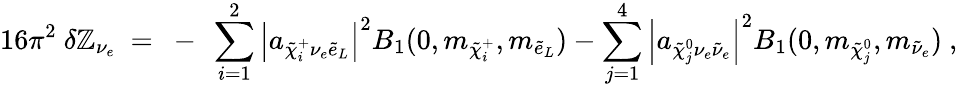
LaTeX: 16\pi^{2}~\delta\mathbb{Z}_{\nu_{e}}\ =\ -\ \sum_{i=1}^{2}\left|a_{\tilde{{\chi}}_{i}^{+}\nu_{e}\tilde{{e}}_{L}}\right|^{2}B_{1}(0,m_{\tilde{{\chi}}_{i}^{+}},m_{\tilde{{e}}_{L}})-\sum_{j=1}^{4}\left|a_{\tilde{{\chi}}_{j}^{0}\nu_{e}\tilde{{\nu}}_{e}}\right|^{2}B_{1}(0,m_{\tilde{{\chi}}_{j}^{0}},m_{\tilde{{\nu}}_{e}})~,